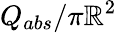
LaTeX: Q_{abs}/\pi\mathbb{R}^{2}